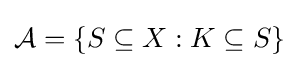
{\mathcal {A}}=\{S\subseteq X:K\subseteq S\}